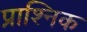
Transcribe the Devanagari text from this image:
प्राश्निक